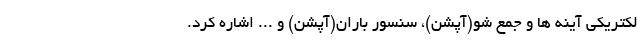
لکتریکی آینه ها و جمع شو(آپشن)، سنسور باران(آپشن) و ... اشاره کرد.